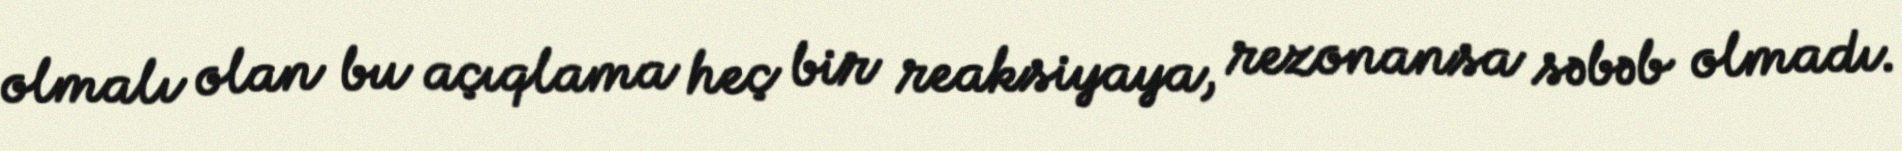
olmalı olan bu açıqlama heç bir reaksiyaya, rezonansa səbəb olmadı.